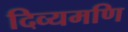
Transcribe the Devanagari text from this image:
दिव्यमणि